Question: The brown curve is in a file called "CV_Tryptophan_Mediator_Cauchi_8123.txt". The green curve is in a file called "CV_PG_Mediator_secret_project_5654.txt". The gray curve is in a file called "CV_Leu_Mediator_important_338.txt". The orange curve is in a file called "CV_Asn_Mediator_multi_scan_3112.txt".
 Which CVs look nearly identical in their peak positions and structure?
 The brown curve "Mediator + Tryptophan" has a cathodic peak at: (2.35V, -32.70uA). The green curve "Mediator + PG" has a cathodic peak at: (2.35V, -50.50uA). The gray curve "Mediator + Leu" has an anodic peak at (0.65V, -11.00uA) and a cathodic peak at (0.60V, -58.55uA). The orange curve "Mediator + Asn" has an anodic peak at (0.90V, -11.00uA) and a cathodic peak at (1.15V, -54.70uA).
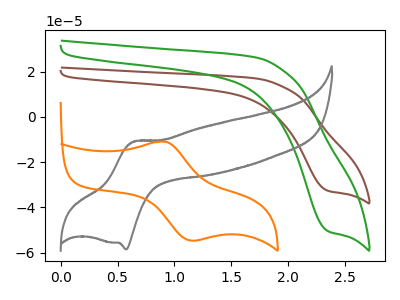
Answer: <think>All the peaks in "Mediator + Tryptophan" have a peak in "Mediator + PG" at the same potential. Every peak in "Mediator + Tryptophan" is lower than every peak in "Mediator + PG". "Mediator + Tryptophan" and "Mediator + Leu" have a different number of peaks. "Mediator + Tryptophan" and "Mediator + Asn" have a different number of peaks. "Mediator + PG" and "Mediator + Leu" have a different number of peaks. "Mediator + PG" and "Mediator + Asn" have a different number of peaks. "Mediator + Leu" and "Mediator + Asn" have at least one peak that do not match.
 </think>
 <answer>"Mediator + PG" and "Mediator + Tryptophan" have the same shape and are likely CV's of the same chemical.</answer>
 <eval>"Mediator + PG" "Mediator + Tryptophan"</eval>